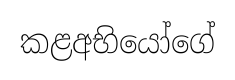
කළඅභියෝගේ